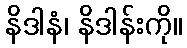
နိဒါနံ၊ နိဒါန်းကို။